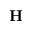
{ \mathbf H }